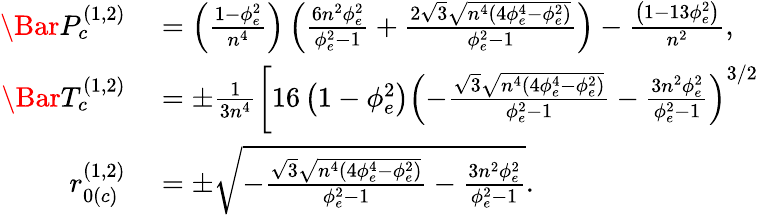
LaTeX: \begin{array}{rl}{\Bar{P}_{c}^{(1,2)}}&{{}=\left(\frac{1-\phi_{e}^{2}}{n^{4}}\right)\left(\frac{6n^{2}\phi_{e}^{2}}{\phi_{e}^{2}-1}+\frac{2\sqrt{3}\sqrt{n^{4}\left(4\phi_{e}^{4}-\phi_{e}^{2}\right)}}{\phi_{e}^{2}-1}\right)-\frac{\left(1-13\phi_{e}^{2}\right)}{n^{2}},}\\ {\Bar{T}_{c}^{(1,2)}}&{{}=\pm\frac{1}{3n^{4}}\left[16\left(1-\phi_{e}^{2}\right)\left(-\frac{\sqrt{3}\sqrt{n^{4}\left(4\phi_{e}^{4}-\phi_{e}^{2}\right)}}{\phi_{e}^{2}-1}-\frac{3n^{2}\phi_{e}^{2}}{\phi_{e}^{2}-1}\right)^{3/2}\right.}\\ {r_{0(c)}^{(1,2)}}&{{}=\pm\sqrt{-\frac{\sqrt{3}\sqrt{n^{4}\left(4\phi_{e}^{4}-\phi_{e}^{2}\right)}}{\phi_{e}^{2}-1}-\frac{3n^{2}\phi_{e}^{2}}{\phi_{e}^{2}-1}}.}\end{array}